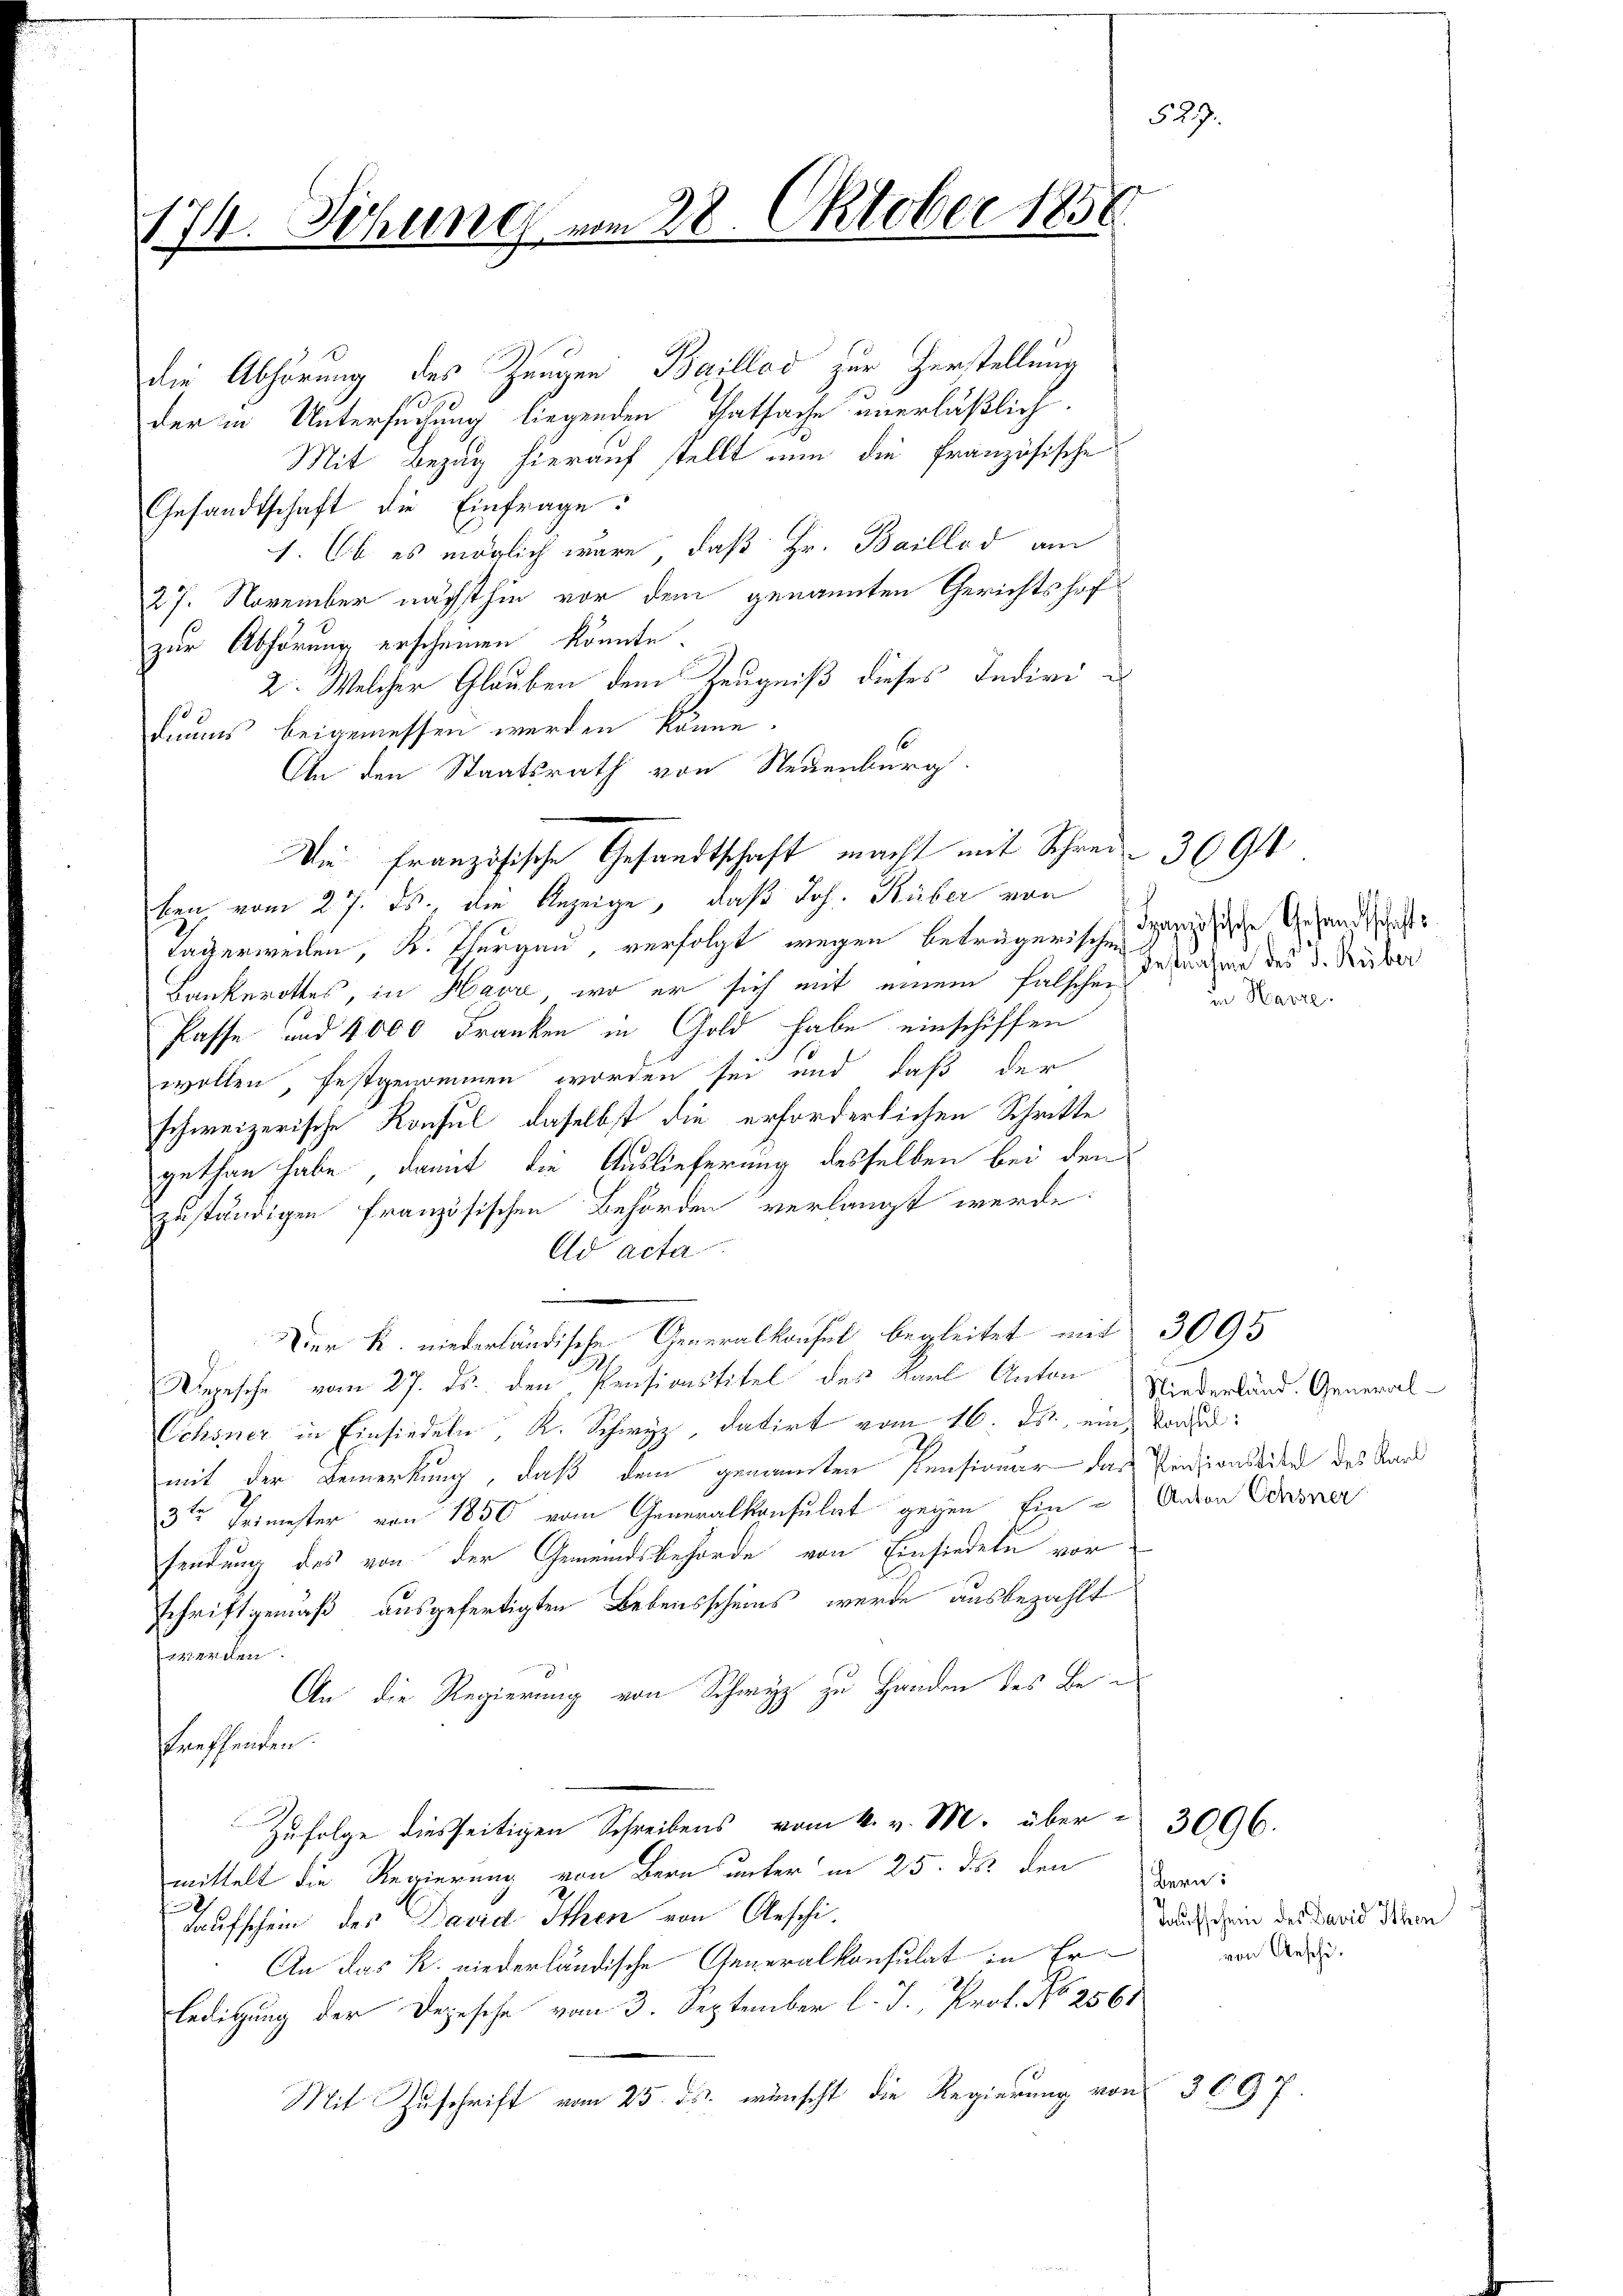
1
1fr. Sitzung

vom 22. Oktober 1850

An den Staatsrath von Neuenburg.
Die Französische Gesandtschaft macht mit Schrei- 3694

die Abhörung des Zeugen Baillod zur Herstellung
134
der in Untersuchung liegenden Thatsache unerläßlich
Mit Bezug hierauf stellt nun die französische
Gesandtschaft die Einfrage
1. Ob es möglich wäre, daß Hr. Baillod am
27. November nächsthin vor dem genannten Gerichtshof
zur Abhörung erscheinen könnte.
2. Welcher Glauben dem Zeugniß dieses Individuums beigemessen werden könne.
ben, vom 27. ds., die Anzeige, daß Joh. Küber von
Lagerweilen, K. Thurgau, verfolgt wegen beträgerischen Gryphische Gesandtschafts¬
Bankerottes, in Havr, wo er sich mit einem falschen nahme des d. Rüber
Pässe und 4000 Franken in Gold habe einschiffen
15
wollen, festgenommen worden sei und daß der
schweizerische Konsul, daselbst die erforderlichen Schritte
gethan habe, damit die Auslieferung desselben bei den
zuständigen französischen Behörden verlangt werde.
Ad acta
n
Der R. niederländische Generalkonsul begleitet mit 3093
Depesche vom 27. ds. den Pensionstitel des Karl Anton
Ochsner in Einsiedeln, K. Schwyz datirt vom 16. ds., eine Todesmit der Bemerkung, daß dem genannten Pensionar das Pensionsdite des Kard
3ten Heimester von 1850 vom Generalkonsulat gegen Ein Anton Ochsner
sendung des von der Gemeindsbehörde von Einsiedete vor
Schriftgemäß ausgefertigten Lebensscheins werde ausbezahlt
werden.
An die Regierung von Schwyz zu Handen des Bees
troffenden.
Zufolge diesseitigen Schreibens vom k. v. M. über 3096.
mittelt die Regierung von Bern unter in 25. des den
Taufschein des David Ithen von Aeschi-
An das k. niederländische Generalkonsulat in Er
ledigung der Depesche vom 3. September l. J. Prof. No 2561
Mit Zuschrift vom 25. ds. wünscht die Regierung von 3097.

529.

in Harze

Niederland. General-

Bern:
Taufschein des David Ithen
von Aeschi¬